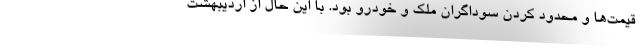
قیمت‌ها و محدود کردن سوداگران ملک و خودرو بود. با این حال از اردیبهشت